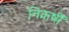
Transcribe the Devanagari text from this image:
निकषीं